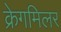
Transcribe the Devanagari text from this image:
क्रेगमिलर